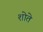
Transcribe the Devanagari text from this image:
शोते